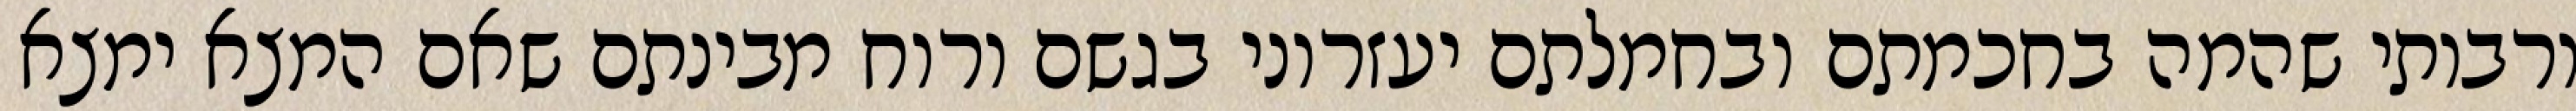
ורבותי שהמה בחכמתם ובחמלתם יעזרוני בגשם ורוח מבינתם שאם המצא ימצא